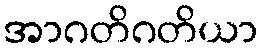
အာဂတိဂတိယာ